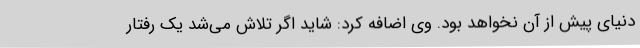
دنیای پیش از آن نخواهد بود. وی اضافه کرد: شاید اگر تلاش می‌شد یک رفتار